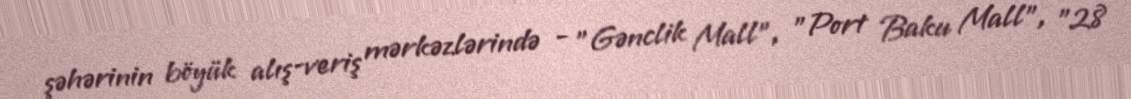
şəhərinin böyük alış-veriş mərkəzlərində - "Gənclik Mall", "Port Baku Mall", "28